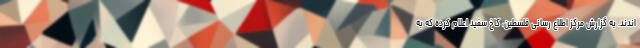
اندند. به گزارش مرکز اطلاع رسانی فلسطین، کاخ سفید اعلام کرده که به